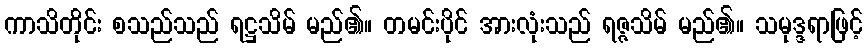
ကာသိတိုင်း စသည်သည် ရဋ္ဌသိမ် မည်၏။ တမင်းပိုင် အားလုံးသည် ရဇ္ဇသိမ် မည်၏။ သမုဒ္ဒရာဖြင့်